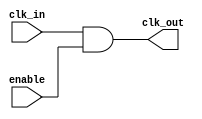
module clock_gating_cell (
    input wire clk_in,
    input wire enable,
    output wire clk_out
);
    assign clk_out = clk_in & enable; // Gated clock output
endmodule